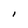
Character: I